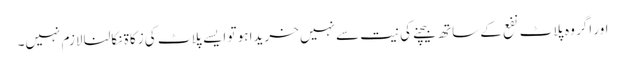
اور اگر وہ پلاٹ نفع کے ساتھ بیچنے کی نیت سے نہیں خریدا ہو تو ایسے پلاٹ کی زکاۃ نکالنا لازم نہیں۔